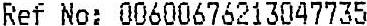
REF NO: 00600676213047735